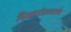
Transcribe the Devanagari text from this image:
विक्रमोत्सवाचे